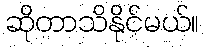
ဆိုတာသိနိုင်မယ်။